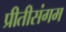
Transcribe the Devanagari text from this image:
प्रीतीसंगम